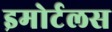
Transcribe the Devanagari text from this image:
इमोर्टलस